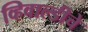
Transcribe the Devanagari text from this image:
व्हिवाल्डीचे